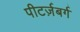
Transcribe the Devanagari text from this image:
पीटर्ज़बर्ग